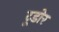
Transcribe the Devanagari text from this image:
टूडोर